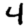
Digit: 4